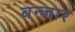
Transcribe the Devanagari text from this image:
बन्जार